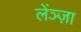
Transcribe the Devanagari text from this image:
लेंञ्ज़ा